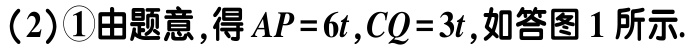
(2)\textcircled{1}由题意,得 \(AP = 6t,CQ = 3t\),如答图1所示.